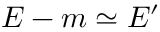
E - m \simeq E ^ { \prime }